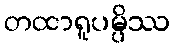
တထာရူပမ္ပိဿ